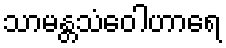
သာမန္တသံဝေါဟာရေ